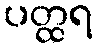
ပတ္ထရ